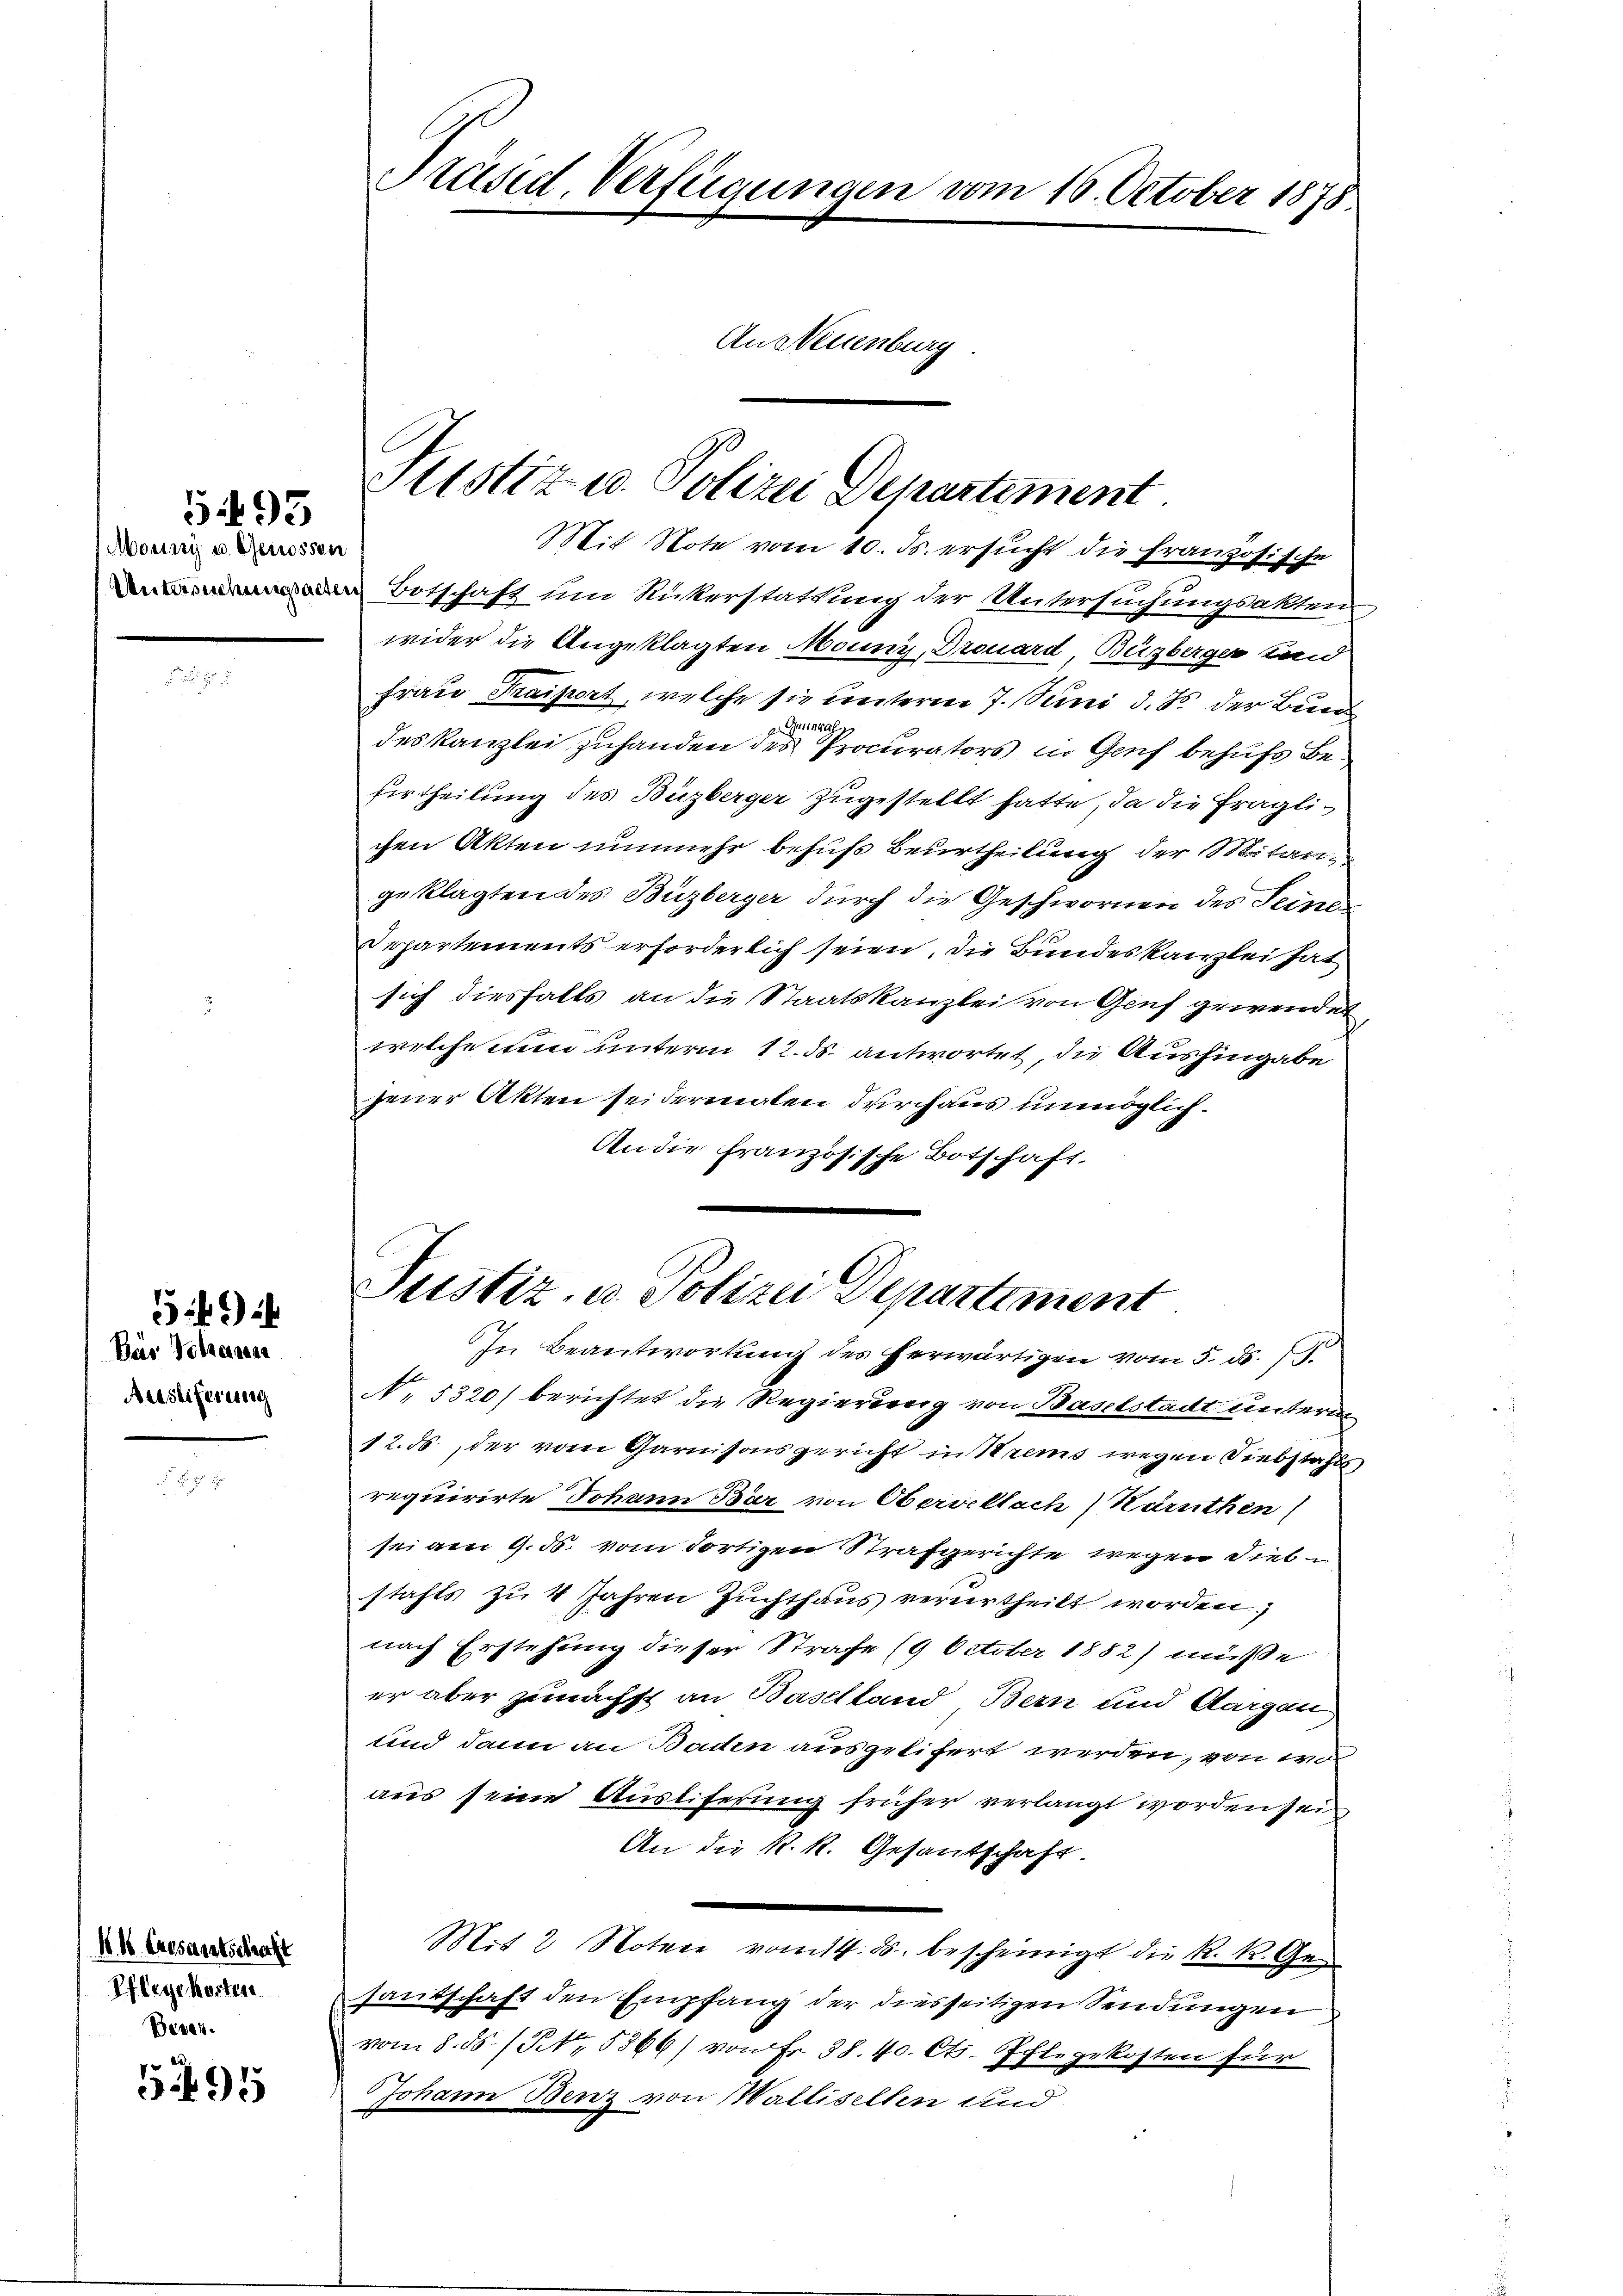
Mouini u. Genossen

Bas Volkessen
Aristiferung

5495

593

K.k. Grosantschrecht
Pflegekosten
Besen.

Präsid. Verfügungen vom 16. October 1878.
An Neuenburg

Justiz u. Polizei Departement

Mit Note vom 10. Js. ersucht die Französische
Botschaft um Rükerstattung der Untersuchungsakten
wider die Angeklagten Mouny, Drouard Büzberger und
Frau Traiport, welche sie unterm 7. Juni d. Js. der Bun
deskanzlei zuhanden der Procurators in Genf behufs Befurtheilung des Büzberger zugestellt hatte, da die fraglichen Akten nunmehr behufs Beurtheilung der Mitari
geklagten des Büzberger durch die Geschwornen des Seine
Departements erforderlich seien, die Bundeskanzlei hat
sich diesfalls an die Staatskanzlei von Genf gewendet
welche nun unterm 12. ds. antwortet, die Aushingabe
jener Akten seidermaten durchaus unmöglich.
An die französische Botschaft.
Justiz- u. Polizei Departiment
In Beantwortung des herwärtigen vom 5. ds. S.
No. 1320) berichtet die Regierung von Baselstadt unterm
12. ds, der vom Garnisonsgericht in Krems wegen Siebstahls
requirirte Johann Bär von Obervellach Haruthen
sei am 9. ds. vom dortigen Strafgerichte wegen diesstafts zu 4 Jahren Zuchthaus verurtheilt worden.
nach Erstehung dieser Strafe (9 October 1882) müße
er aber zunächst an Baselland Bern und Aargau
und dann an Baden ausgelifert werden, von wa
aus seine Austiferung früher verlangt worden sein
An die k.k. Gesantschaft.
Mit 2 Noten vom 14. ds. bescheinigt die k. k. Gesantschaft den Empfang der diesseitigen Sendungen
vom 8. ds. (S. 5866) von Fr. 38. 40. Cts. fl. gekosten für
Johann Benz von Mallisellen und